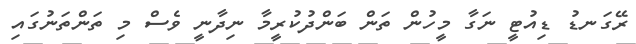
ރޭގަނޑު ޑިއުޓީ ނަގާ މީހުން ތަން ބަންދުކުރީމާ ނިދާނީ ވެސް މި ތަންތަނުގައި